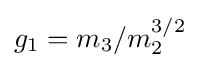
g_{1}=m_{3}/m_{2}^{3/2}